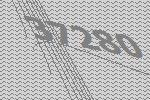
37280